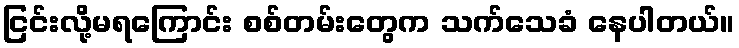
ငြင်းလို့မရကြောင်း စစ်တမ်းတွေက သက်သေခံ နေပါတယ်။